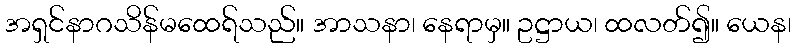
အရှင်နာဂသိန်မထေရ်သည်။ အာသနာ၊ နေရာမှ။ ဥဋ္ဌာယ၊ ထလတ်၍။ ယေန၊